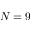
N = 9